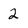
Character: 2